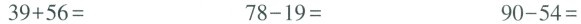
$$3 9 + 5 6 =$$ $$7 8 - 1 9 =$$ $$9 0 - 5 4 =$$